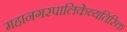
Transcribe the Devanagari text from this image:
महानगरपालिकेव्यतिरिक्त